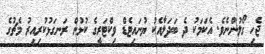
ޖެހި ގޯލުންނެވެ. އެކަމަކު ދެ ބަދަލާއެކު ޔުނައިޓެޑް ވިކްޓަރީގެ ކުޅުން ރަނގަޅުކުރިއިރު މެޗުގެ